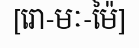
[រោ-មៈ-ម៉ៃ]